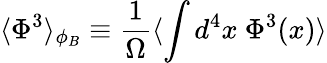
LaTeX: \langle\Phi^{3}\rangle_{\phi_{B}}\equiv{\frac{1}{\Omega}}\langle\int d^{4}x~\Phi^{3}(x)\rangle